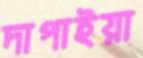
দাপাইয়া